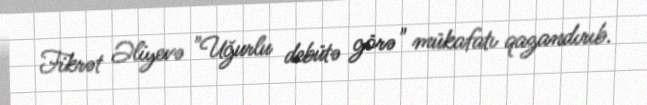
Fikrət Əliyevə "Uğurlu debütə görə" mükafatı qazandırıb.